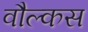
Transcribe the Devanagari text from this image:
वौल्कस